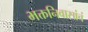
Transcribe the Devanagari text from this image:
भक्तनिवासांचं